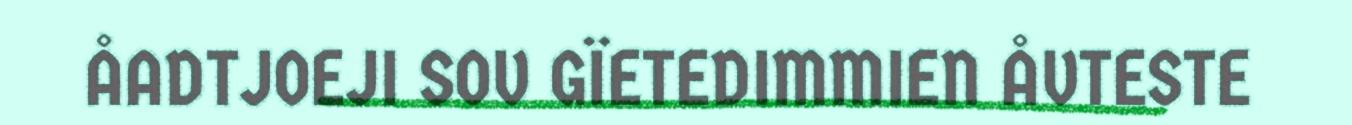
ÅADTJOEJI SOV GÏETEDIMMIEN ÅVTESTE